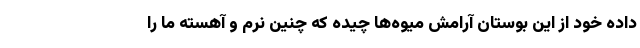
داده خود از این بوستان آرامش میوه‌ها چیده که چنین نرم و آهسته ما را